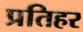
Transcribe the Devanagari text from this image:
प्रतिहर